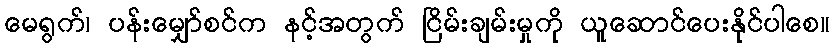
မေရွက်၊ ပန်းမျှော်စင်က နင့်အတွက် ငြိမ်းချမ်းမှုကို ယူဆောင်ပေးနိုင်ပါစေ။